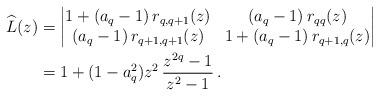
LaTeX: \begin{align*}\widehat L(z) &=\begin{vmatrix}1+(a_q-1)\, r_{q,q+1}(z) & (a_q-1)\, r_{qq}(z) \\(a_q-1)\, r_{q+1,q+1}(z) & 1+(a_q-1)\, r_{q+1,q}(z)\end{vmatrix}\\&=1+(1-a_q^2) z^2\,\frac{z^{2q}-1}{z^2-1}\,.\end{align*}